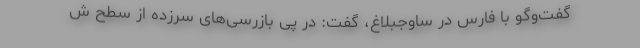
گفت‌وگو با فارس در ساوجبلاغ، گفت: در پی بازرسی‌های سرزده از سطح ش